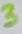
Text: 3